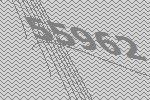
55962